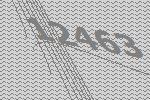
12463